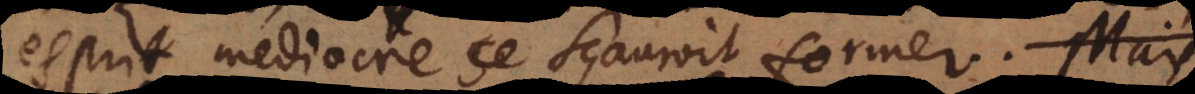
rit mediocre se sçauroit former. Mais